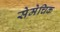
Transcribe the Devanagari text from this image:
सेमेचिक